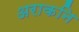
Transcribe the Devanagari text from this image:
अराकनि